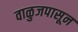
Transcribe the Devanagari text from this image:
वाळुजपासून